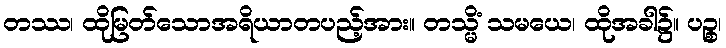
တဿ၊ ထိုမြတ်သောအရိယာတပည့်အား။ တသ္မိံ သမယေ၊ ထိုအခါ၌။ ပဉ္စ၊